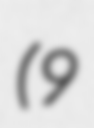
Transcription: (9